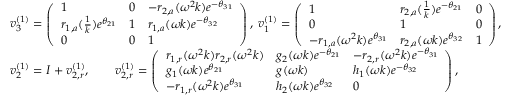
\begin{array} { r l } & { v _ { 3 } ^ { ( 1 ) } = \left( \begin{array} { l l l } { 1 } & { 0 } & { - r _ { 2 , a } ( \omega ^ { 2 } k ) e ^ { - \theta _ { 3 1 } } } \\ { r _ { 1 , a } ( \frac { 1 } { k } ) e ^ { \theta _ { 2 1 } } } & { 1 } & { r _ { 1 , a } ( \omega k ) e ^ { - \theta _ { 3 2 } } } \\ { 0 } & { 0 } & { 1 } \end{array} \right) , \; v _ { 1 } ^ { ( 1 ) } = \left( \begin{array} { l l l } { 1 } & { r _ { 2 , a } ( \frac { 1 } { k } ) e ^ { - \theta _ { 2 1 } } } & { 0 } \\ { 0 } & { 1 } & { 0 } \\ { - r _ { 1 , a } ( \omega ^ { 2 } k ) e ^ { \theta _ { 3 1 } } } & { r _ { 2 , a } ( \omega k ) e ^ { \theta _ { 3 2 } } } & { 1 } \end{array} \right) , } \\ & { v _ { 2 } ^ { ( 1 ) } = I + v _ { 2 , r } ^ { ( 1 ) } , \qquad v _ { 2 , r } ^ { ( 1 ) } = \left( \begin{array} { l l l } { r _ { 1 , r } ( \omega ^ { 2 } k ) r _ { 2 , r } ( \omega ^ { 2 } k ) } & { g _ { 2 } ( \omega k ) e ^ { - \theta _ { 2 1 } } } & { - r _ { 2 , r } ( \omega ^ { 2 } k ) e ^ { - \theta _ { 3 1 } } } \\ { g _ { 1 } ( \omega k ) e ^ { \theta _ { 2 1 } } } & { g ( \omega k ) } & { h _ { 1 } ( \omega k ) e ^ { - \theta _ { 3 2 } } } \\ { - r _ { 1 , r } ( \omega ^ { 2 } k ) e ^ { \theta _ { 3 1 } } } & { h _ { 2 } ( \omega k ) e ^ { \theta _ { 3 2 } } } & { 0 } \end{array} \right) , } \end{array}